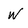
Character: W